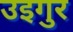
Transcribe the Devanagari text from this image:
उइगुर